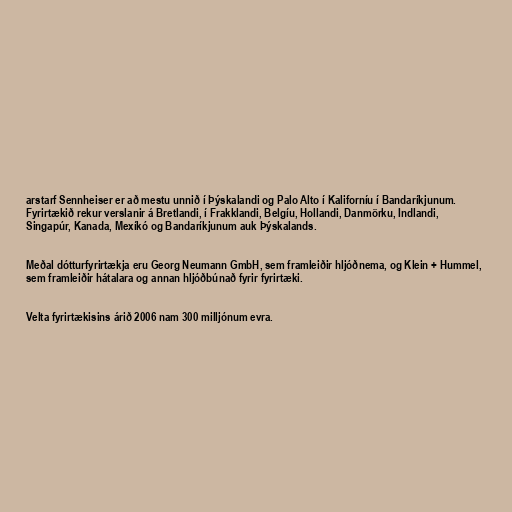
arstarf Sennheiser er að mestu unnið í Þýskalandi og Palo Alto í Kaliforníu í Bandaríkjunum.
Fyrirtækið rekur verslanir á Bretlandi, í Frakklandi, Belgíu, Hollandi, Danmörku, Indlandi,
Singapúr, Kanada, Mexíkó og Bandaríkjunum auk Þýskalands.

Meðal dótturfyrirtækja eru Georg Neumann GmbH, sem framleiðir hljóðnema, og Klein + Hummel,
sem framleiðir hátalara og annan hljóðbúnað fyrir fyrirtæki.

Velta fyrirtækisins árið 2006 nam 300 milljónum evra.